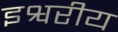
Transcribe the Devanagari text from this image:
इश्वरीय